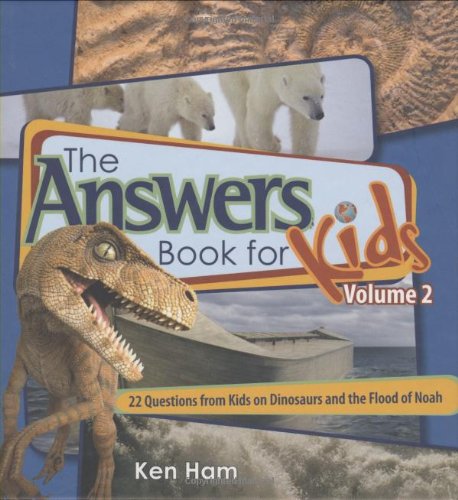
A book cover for Answers Book for Kids Volume 2; Ken Ham; Science & Math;